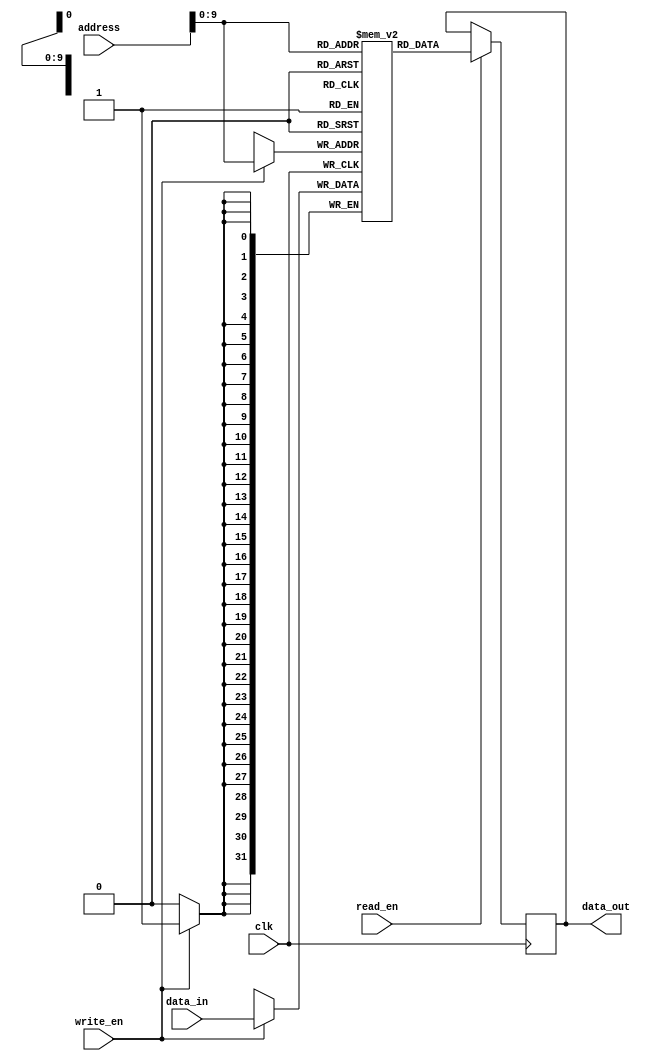
module dual_port_ram (
    input wire clk,
    input wire write_en,
    input wire [31:0] address,
    input wire [31:0] data_in,
    input wire read_en,
    output reg [31:0] data_out
);

reg [31:0] memory [0:1023]; // Memory array with 1024 locations

always @(posedge clk) begin
    if(write_en) begin
        memory[address] <= data_in;
    end
    
    if(read_en) begin
        data_out <= memory[address];
    end
end

endmodule